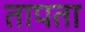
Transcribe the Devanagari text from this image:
तापता